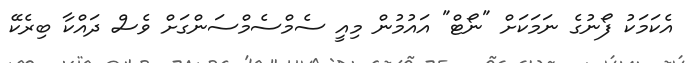
އެކަމަކު ފޯނުގެ ނަމަކަށް "ނޯޓް" އައުމުން މިއީ ސެމްސެމްސަންގަށް ވެސް ދައްކާ ބިރެކޭ